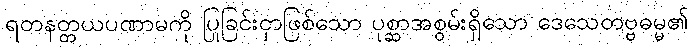
ရတနတ္တယပဏာမကို ပြုခြင်းငှာဖြစ်သော ပုစ္ဆာအစွမ်းရှိသော ဒေသေတဗ္ဗဓမ္မ၏